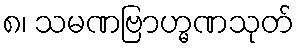
၈၊ သမဏဗြာဟ္မဏသုတ်